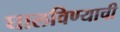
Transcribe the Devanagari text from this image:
घालविण्याची